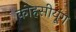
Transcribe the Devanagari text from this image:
कोहसीयूंग